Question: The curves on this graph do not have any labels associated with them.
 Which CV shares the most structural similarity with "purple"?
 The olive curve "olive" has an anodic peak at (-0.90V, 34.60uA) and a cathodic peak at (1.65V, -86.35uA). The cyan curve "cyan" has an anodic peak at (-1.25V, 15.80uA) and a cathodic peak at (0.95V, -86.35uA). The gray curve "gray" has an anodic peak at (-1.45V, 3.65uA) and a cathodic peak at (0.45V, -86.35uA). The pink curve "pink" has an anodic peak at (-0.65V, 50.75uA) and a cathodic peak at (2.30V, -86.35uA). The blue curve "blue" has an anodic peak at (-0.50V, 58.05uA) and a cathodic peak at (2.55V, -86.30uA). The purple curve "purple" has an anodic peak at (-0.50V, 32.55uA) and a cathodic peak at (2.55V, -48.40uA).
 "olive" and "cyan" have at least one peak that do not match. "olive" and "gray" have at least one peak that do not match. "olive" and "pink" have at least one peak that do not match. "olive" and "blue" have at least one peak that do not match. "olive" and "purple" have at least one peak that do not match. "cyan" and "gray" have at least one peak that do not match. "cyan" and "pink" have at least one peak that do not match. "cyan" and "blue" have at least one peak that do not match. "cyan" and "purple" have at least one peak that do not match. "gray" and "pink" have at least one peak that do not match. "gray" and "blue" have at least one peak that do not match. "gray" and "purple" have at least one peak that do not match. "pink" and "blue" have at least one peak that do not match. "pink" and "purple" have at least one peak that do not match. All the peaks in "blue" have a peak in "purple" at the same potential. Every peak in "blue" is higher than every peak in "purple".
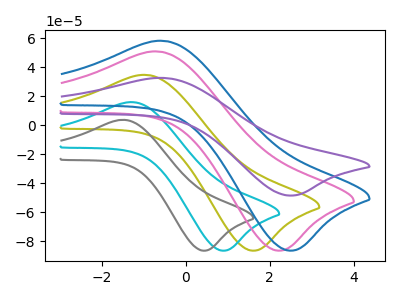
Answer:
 <answer>The CV with the most similar shape to "blue" is "purple".</answer>
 <eval>"purple"</eval>